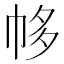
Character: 㡅